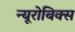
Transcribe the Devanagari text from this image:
न्यूरोबिक्स